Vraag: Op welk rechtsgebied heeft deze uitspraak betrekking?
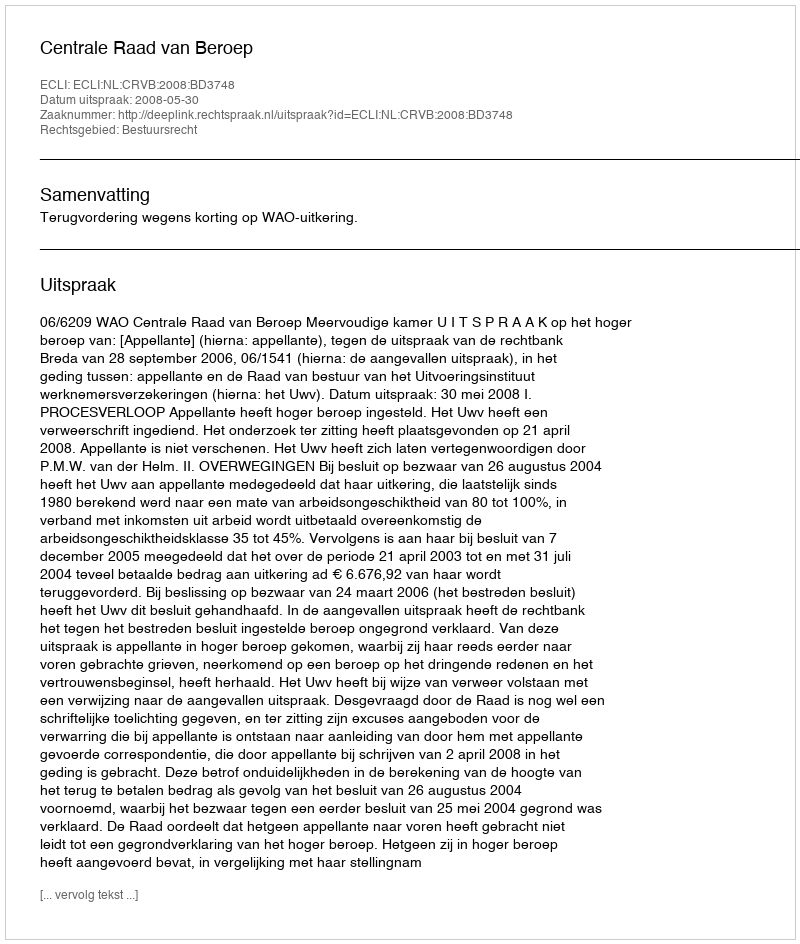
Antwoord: Bestuursrecht